Vaccination in Bombay 1874-1876 - 1874-1876
Year: 1874
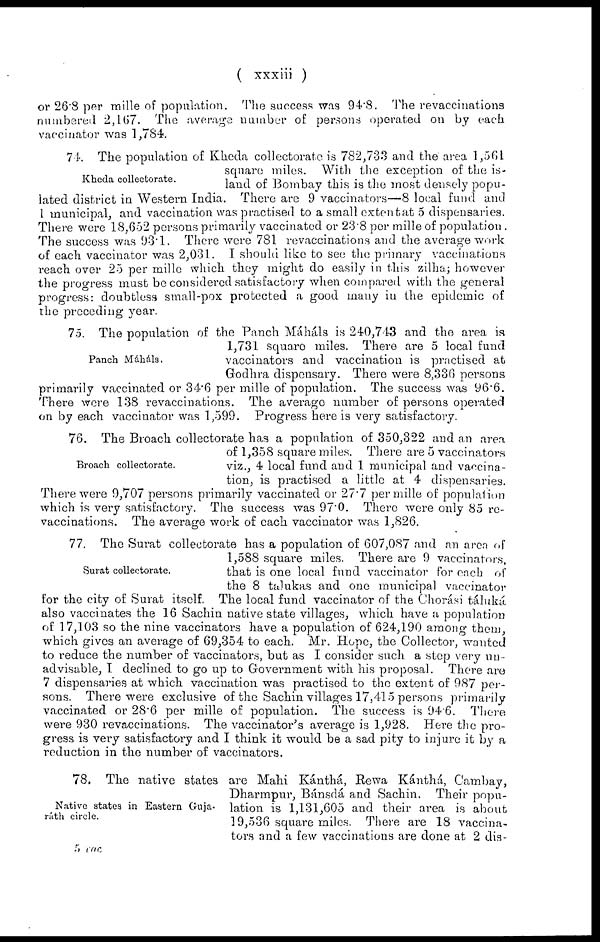
( xxxiii )
or 26.8 per mille of population. The success was 94.8. The revaccinations
numbered 2,167. The average number of persons operated on by each
vaccinator was 1,784.
Kheda collectorate.
74. The population of Kheda collectorate is 782,733 and the area 1,561
square miles. With the exception of the is-
land of Bombay this is the most densely popu-
lated district in Western India. There are 9 vaccinators—8 local fund and
1 municipal, and vaccination was practised to a small extent at 5 dispensaries.
There were 18,652 persons primarily vaccinated or 23.8 per mille of population .
The success was 93.1. There were 781 revaccinations and the average work
of each vaccinator was 2,031. I should like to see the primary vaccinations
reach over 25 per mille which they might do easily in this zilha; however
the progress must be considered satisfactory when compared with the general
progress: doubtless small-pox protected a good many in the epidemic of
the preceding year.
Panch Máhála.
75. The population of the Panch Máháls is 240,743 and the area is
1,731 square miles. There are 5 local fund
vaccinators and vaccination is practised at
Godhra dispensary. There were 8,336 persons
primarily vaccinated or 34.6 per mille of population. The success was 96.6.
There were 138 revaccinations. The average number of persons operated
on by each vaccinator was 1,599. Progress here is very satisfactory.
Broach collectorate.
76. The Broach collectorate has a population of 350,322 and an area
of 1,358 square miles. There are 5 vaccinators
viz., 4 local fund and 1 municipal and vaccina-
tion, is practised a little at 4 dispensaries.
There were 9,707 persons primarily vaccinated or 27.7 per mille of population
which is very satisfactory. The success was 97.0. There were only 85 re-
vaccinations. The average work of each vaccinator was 1,826.
Surat collectorate.
77. The Surat collectorate has a population of 607,087 and an area of
1,588 square miles. There are 9 vaccinators,
that is one local fund vaccinator for each of
the 8 talukas and one municipal vaccinator
for the city of Surat itself. The local fund vaccinator of the Chorási táluká
also vaccinates the 16 Sachin native state villages, which have a population
of 17,103 so the nine vaccinators have a population of 624,190 among them,
which gives an average of 69,354 to each. Mr. Hope, the Collector, wanted
to reduce the number of vaccinators, but as I consider such a step very un-
advisable, I declined to go up to Government with his proposal. There are
7 dispensaries at which vaccination was practised to the extent of 987 per-
sons. There were exclusive of the Sachin villages 17,415 persons primarily
vaccinated or 28.6 per mille of population. The success is 94.6. There
were 930 revaccinations. The vaccinator's average is 1,928. Here the pro-
gress is very satisfactory and I think it would be a sad pity to injure it by a
reduction in the number of vaccinators.
Native states in Eastern Guja-
ráth circle.
78. The native states are Mahi Kánthá, Rewa Kánthá, Cambay,
Dharmpur, Bánsdá and Sachin. Their popu-
lation is 1,131,605 and their area is about
19,536 square miles. There are 18 vaccina-
tors and a few vaccinations are done at 2 dis-
5 vac